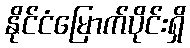
နိုင်ငံမြောက်ပိုင်းရှိ